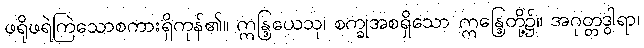
ဖရိုဖရဲကြဲသောစကားရှိကုန်၏။ ဣန္ဒြယေသု၊ စက္ခုအစရှိသော ဣန္ဒြေတို့၌။ အဂုတ္တဒွါရာ၊